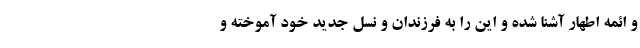
و ائمه اطهار آشنا شده و این را به فرزندان و نسل جدید خود آموخته و